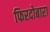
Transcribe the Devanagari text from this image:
फिरदोबारा